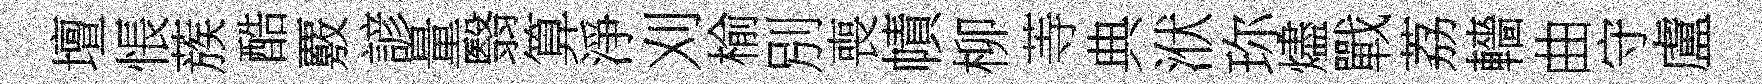
壇悵蔟酷覈諺量翳算淨刈榆別喪幘柳䓁典洑珎燼戰荔轖曲守盧